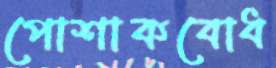
পোশাকবোধ